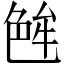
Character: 𬜝